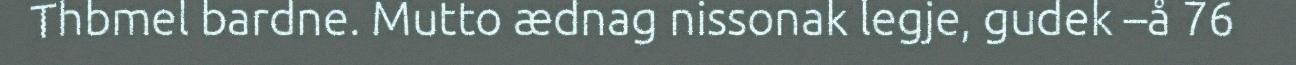
Thbmel bardne. Mutto ædnag nissonak legje, gudek –å 76